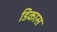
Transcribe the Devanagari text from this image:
डिकास